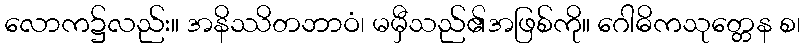
လောက၌လည်း။ အနိဿိတဘာဝံ၊ မမှီသည်၏အဖြစ်ကို။ ဂေါဓိကသုတ္တေန စ၊